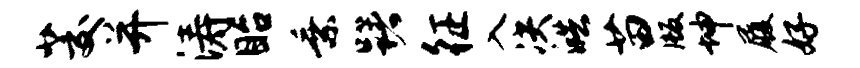
茭并涛眙乘躇征入决皓苗版坤履好